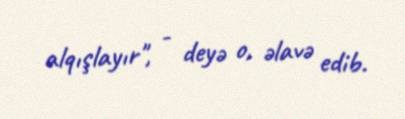
alqışlayır", - deyə o, əlavə edib.